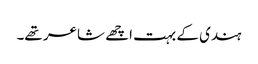
ہندی کے بہت اچھے شاعر تھے۔